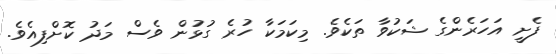
ފެށީ އަހަރެންގެ ޝަކުވާ ތަކެވެ. މިކަމަކާ ހުރެ ގުޅުން ވެސް މަދު ކޮށްފިއެވެ.